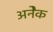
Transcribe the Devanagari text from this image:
अनेेक